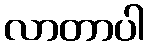
လာတာပါ